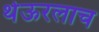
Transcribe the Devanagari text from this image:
थेऊरलाच